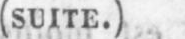
(SUITE.)